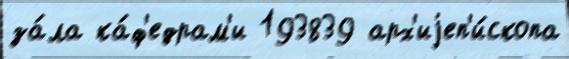
за́ла ка́ф'едрам'и 193839 арх'иjеп'и́скопа